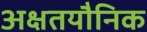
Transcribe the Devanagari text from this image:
अक्षतयौनिक